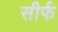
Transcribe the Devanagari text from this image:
सीर्फ